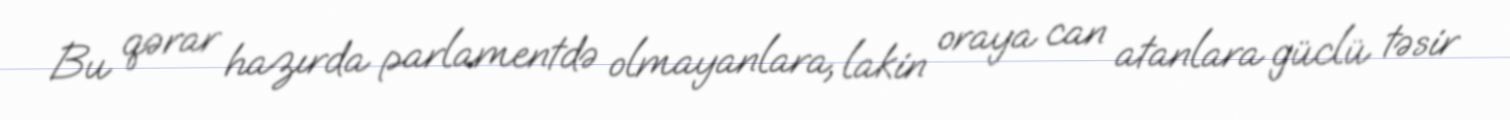
Bu qərar hazırda parlamentdə olmayanlara, lakin oraya can atanlara güclü təsir